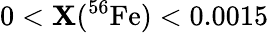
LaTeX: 0<\mathbf{X}(^{56}\mathrm{{Fe}})<0.0015